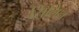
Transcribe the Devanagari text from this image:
सिलिन